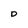
Character: D